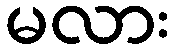
မလား